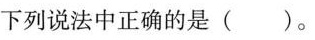
下列说法中正确的是 ()。